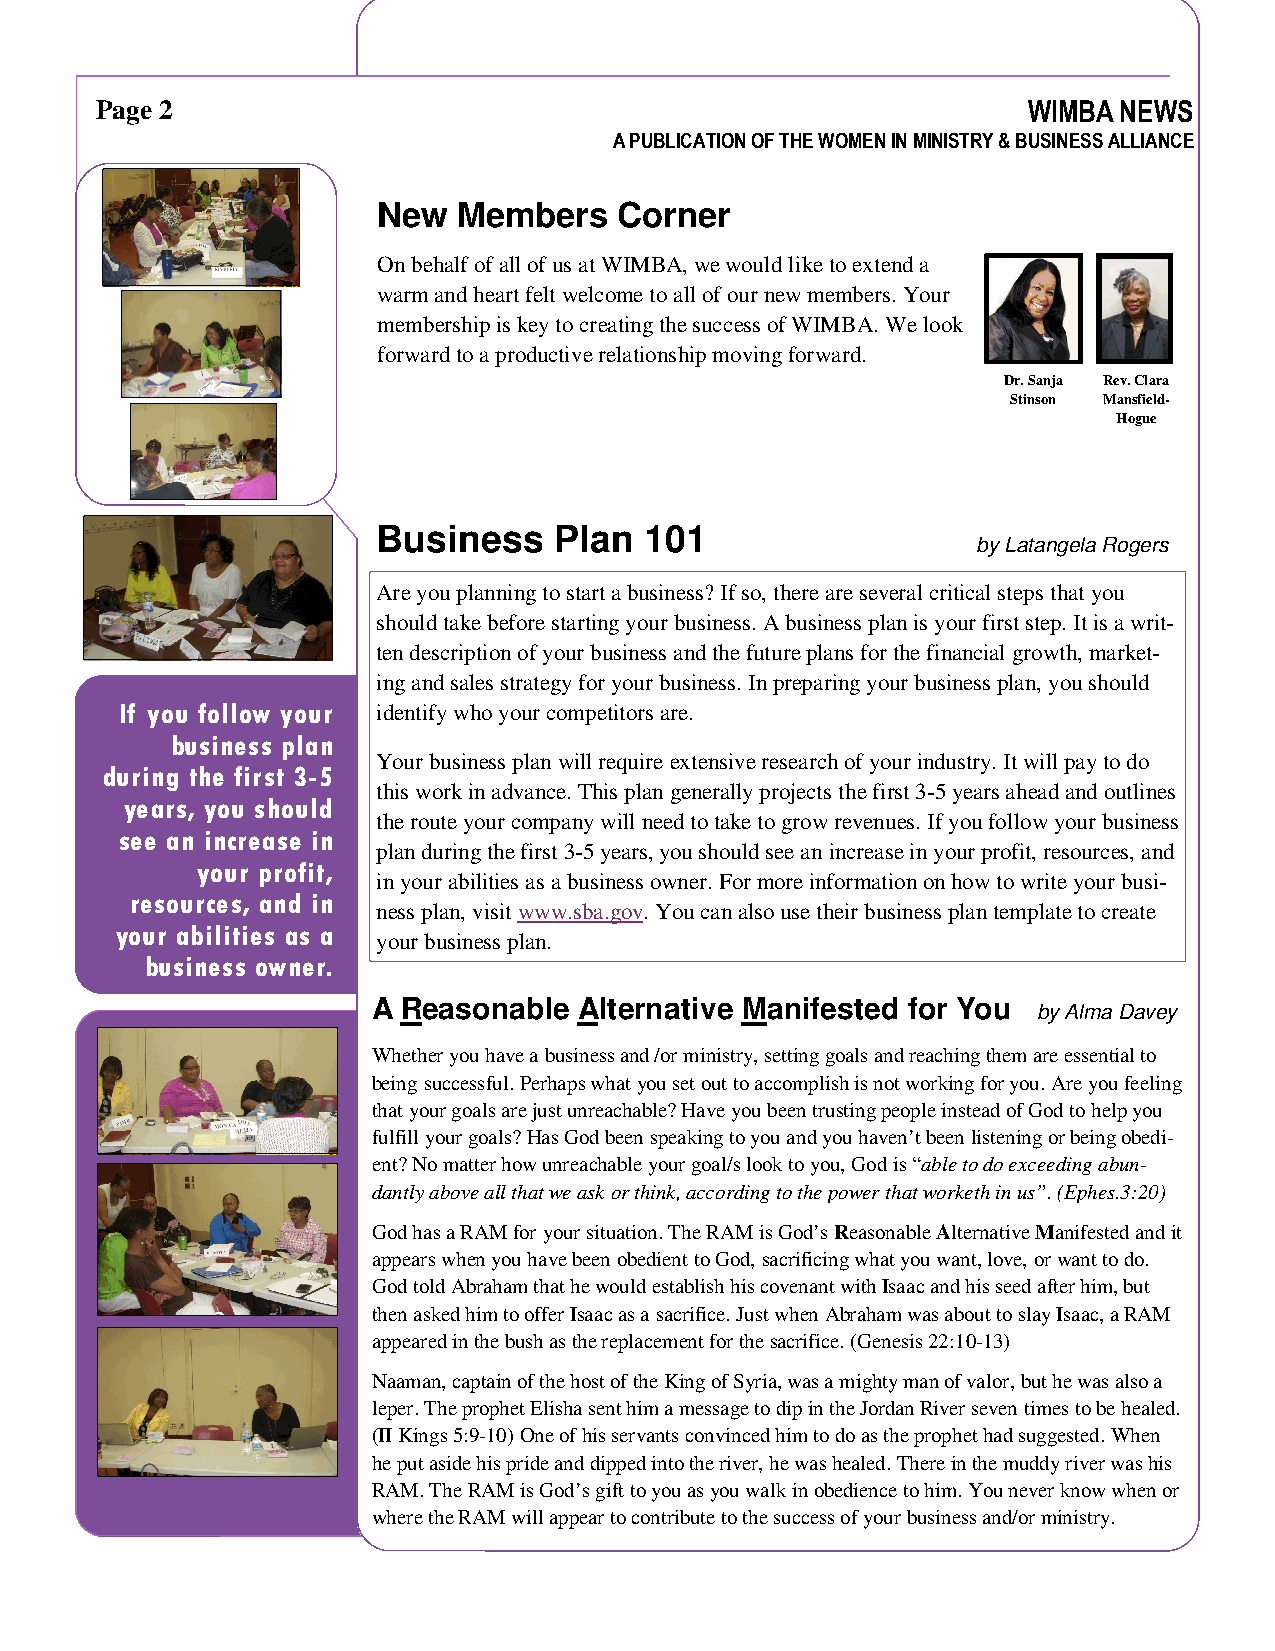
Page 2                                                        WIMBA NEWS
 A PUBLICATION OF THE WOMEN IN MINISTRY & BUSINESS ALLIANCE
 New  Members    Corner
 On behalf of all of us at WIMBA, we would like to extend a
 warm and heart felt welcome to all of our new members. Your
 membership is key to creating the success of WIMBA. We look
 forward to a productive relationship moving forward.
 Dr. Sanja Rev. Clara
 Stinson Mansfield-
 Hogue
 Business    Plan  101
 by Latangela Rogers
 Are you planning to start a business? If so, there are several critical steps that you
 should take before starting your business. A business plan is your first step. It is a writ-
 ten description of your business and the future plans for the financial growth, market-
 ing and sales strategy for your business. In preparing your business plan, you should
 If you follow your identify who your competitors are.
 business plan
 Your business plan will require extensive research of your industry. It will pay to do
 during the first 3-5
 this work in advance. This plan generally projects the first 3-5 years ahead and outlines
 years, you should
 the route your company will need to take to grow revenues. If you follow your business
 see an increase in
 plan during the first 3-5 years, you should see an increase in your profit, resources, and
 your profit,
 in your abilities as a business owner. For more information on how to write your busi-
 resources, and in
 ness plan, visit www.sba.gov. You can also use their business plan template to create
 your abilities as a
 your business plan.
 business owner.
 A Reasonable Alternative Manifested for You
 by Alma Davey
 Whether you have a business and /or ministry, setting goals and reaching them are essential to
 being successful. Perhaps what you set out to accomplish is not working for you. Are you feeling
 that your goals are just unreachable? Have you been trusting people instead of God to help you
 fulfill your goals? Has God been speaking to you and you haven’t been listening or being obedi-
 ent? No matter how unreachable your goal/s look to you, God is “able to do exceeding abun-
 dantly above all that we ask or think, according to the power that worketh in us”. (Ephes.3:20)
 God has a RAM for your situation. The RAM is God’s Reasonable Alternative Manifested and it
 appears when you have been obedient to God, sacrificing what you want, love, or want to do.
 God told Abraham that he would establish his covenant with Isaac and his seed after him, but
 then asked him to offer Isaac as a sacrifice. Just when Abraham was about to slay Isaac, a RAM
 appeared in the bush as the replacement for the sacrifice. (Genesis 22:10-13)
 Naaman, captain of the host of the King of Syria, was a mighty man of valor, but he was also a
 leper. The prophet Elisha sent him a message to dip in the Jordan River seven times to be healed.
 (II Kings 5:9-10) One of his servants convinced him to do as the prophet had suggested. When
 he put aside his pride and dipped into the river, he was healed. There in the muddy river was his
 RAM. The RAM is God’s gift to you as you walk in obedience to him. You never know when or
 where the RAM will appear to contribute to the success of your business and/or ministry.